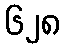
၆၂၈